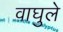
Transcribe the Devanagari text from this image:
वाघुले